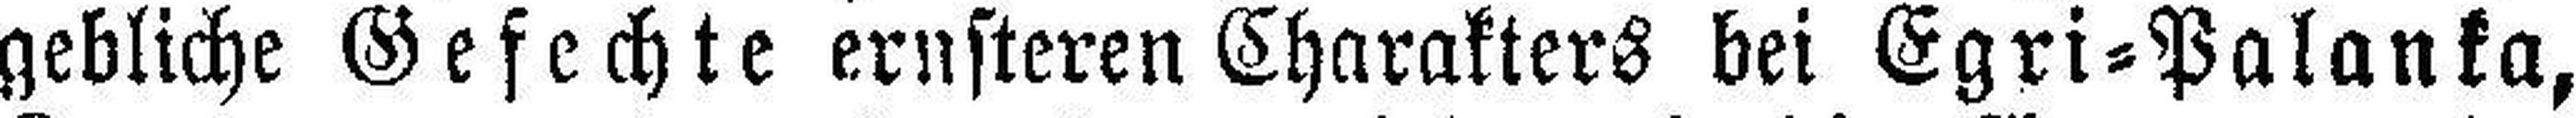
gebliche Gefechte ernsteren Charakters bei Egri=Palanka,